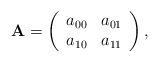
LaTeX: \begin{align*}\mathbf{A}=\left(\begin{array}{rr}a_{00} & a_{01}\\a_{10} & a_{11}\end{array}\right),\end{align*}